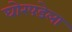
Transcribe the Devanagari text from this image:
घोरपडेला